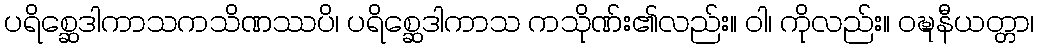
ပရိစ္ဆေဒါကာသကသိဏဿပိ၊ ပရိစ္ဆေဒါကာသ ကသိုဏ်း၏လည်း။ ဝါ၊ ကိုလည်း။ ဝဍ္ဎနီယတ္တာ၊